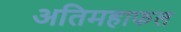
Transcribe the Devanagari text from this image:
अतिमहाफल